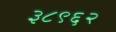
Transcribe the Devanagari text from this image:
३८९६२